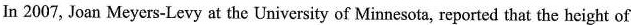
In 2007, Joan Meyers-Levy at the University of Minnesota, reported that the height of